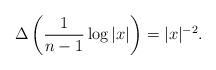
LaTeX: \begin{align*}\Delta\left(\frac{1}{n-1}\log|x|\right)=|x|^{-2}.\end{align*}